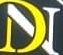
DN